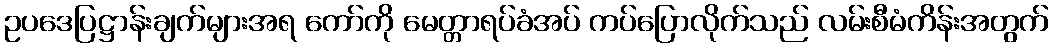
ဥပဒေပြဋ္ဌာန်းချက်များအရ ကော်ကို မေတ္တာရပ်ခံအပ် ကပ်ပြောလိုက်သည် လမ်းစီမံကိန်းအတွက်